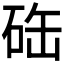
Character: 𥒋